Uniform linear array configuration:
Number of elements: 32
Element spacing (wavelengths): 0.25
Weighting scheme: blackman
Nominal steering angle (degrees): -45
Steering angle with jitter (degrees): -44.05
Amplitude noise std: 0.05
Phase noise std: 0.05

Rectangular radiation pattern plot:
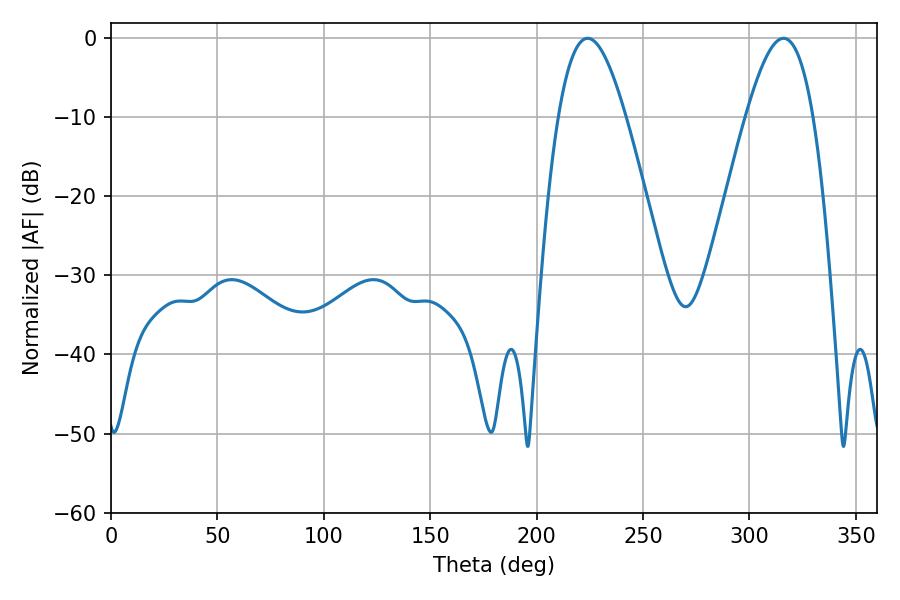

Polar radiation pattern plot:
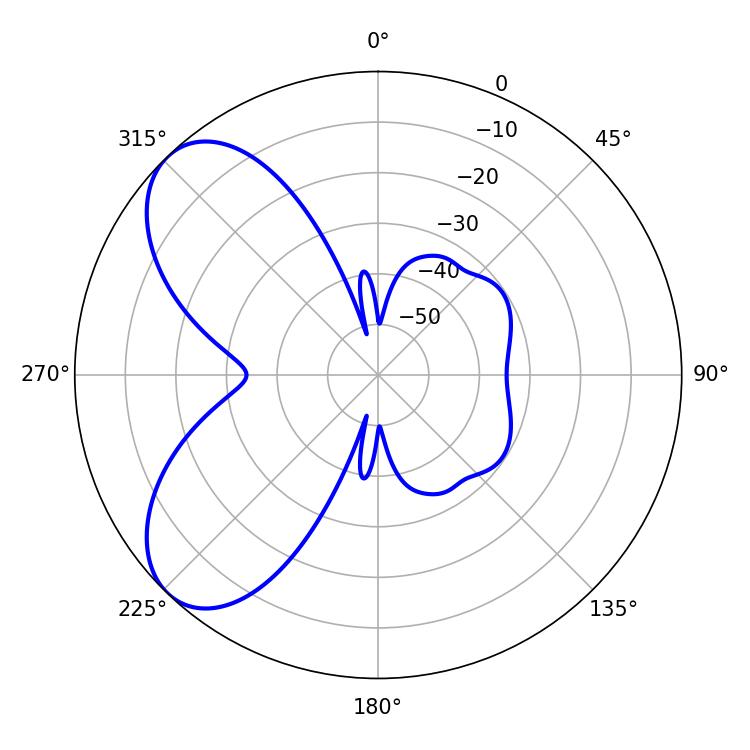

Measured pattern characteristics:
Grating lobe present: FALSE
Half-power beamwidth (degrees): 17.1
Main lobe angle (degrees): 223.92